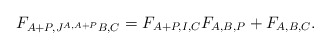
\begin{align*}F_{A+P,J^{A,A+P}B,C} =F_{A+P,I,C}F_{A,B,P} +F_{A,B,C}.\end{align*}